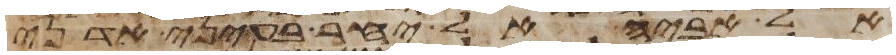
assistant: אל אביה אל יחר בעיני אדני